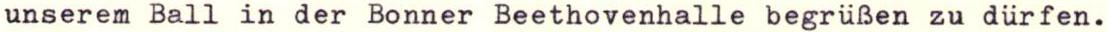
unserem Ball in der Bonner Beethovenhalle begrüßen zu dürfen.